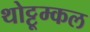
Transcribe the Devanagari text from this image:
थोट्टूम्कल